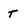
Character: t